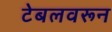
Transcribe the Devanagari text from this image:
टेबलवरून